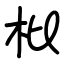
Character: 枇